Lunatic asylums Central Provinces reports 1910-1926 - 1910-1926
Year: 1910
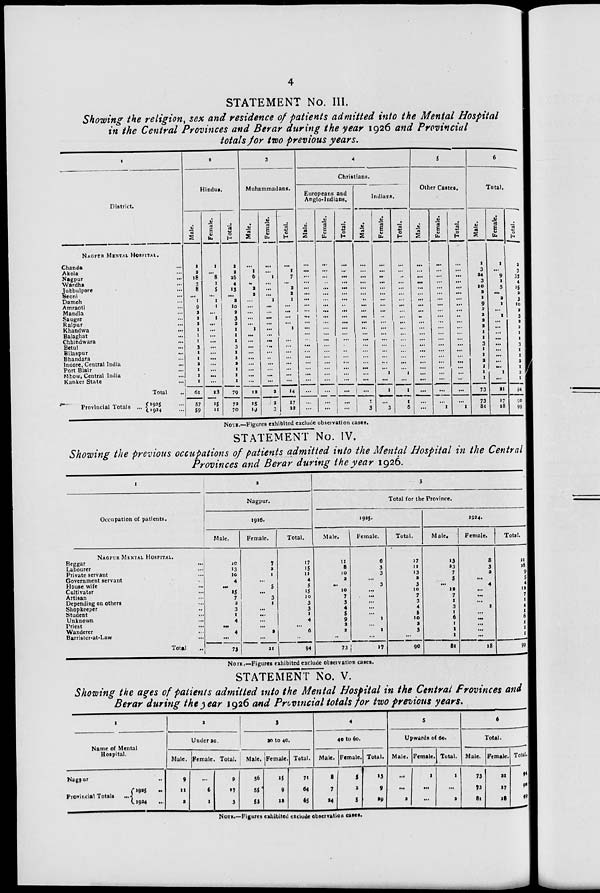
4
STATEMENT No. III.
Showing the religion, sex and residence of patients admitted into the Mental Hospital
in the Central Provinces and Berar during the year 1926 and Provincial
totals for two Previous years.
1
District.
NAGPUR MENTAL HOSPITAL.
Chanda ...
Akola ...
Nagpur ...
Wardha ...
Jubbulpore ...
Seoni ...
Damoh ...
Amraoti ...
Mandla ...
Saugor ...
Raipur ...
Khandwa ...
Balaghat ...
Chhindwara ...
Betul ...
Bilaspur ...
Bhandara ...
Indore, Central India ...
Port Blair ...
Mhow, Central India ...
Kanker State ...
Total ...
Provincial Totals ... 1925 ...
1924 ...
2
Hindus.
Male.
1
2
18
3
8
...
1
9
2
2
2
1
1
1
3
1
1
2
1
1
1
61
57
59
Female.
1
...
8
1
5
...
1
1
...
1
...
...
...
...
...
...
...
...
...
...
...
18
15
11
Total.
2
2
26
4
13
...
2
10
2
3
2
1
1
1
3
I
1
2
1
1
1
79
72
70
3
Muhammadans.
Male.
...
1
6
...
2
2
...
...
...
...
...
1
...
...
...
...
...
...
...
...
...
12
15
19
Female.
...
...
1
...
...
...
1
...
...
...
...
...
...
...
...
...
..
...
...
...
...
2
2
3
Total.
...
1
7
...
2
2 1
...
...
...
...
1
...
...
...
...
...
...
...
...
...
15
17
22
4
Christians.
Europeans and
Anglo-Indians.
Male.
...
...
...
...
...
...
...
...
...
...
...
...
...
...
...
...
...
...
...
...
...
...
...
...
Female.
...
...
...
... ...
...
...
...
...
...
...
...
...
...
...
...
...
...
...
...
...
...
...
...
Total.
...
...
...
...
...
...
...
...
...
...
...
...
...
...
...
...
...
...
...
...
...
...
...
...
Indians.
Male.
...
...
...
...
...
...
...
...
...
...
...
...
...
...
...
...
...
...
...
...
...
...
...
3
Female.
...
...
...
...
...
...
...
...
...
...
...
...
...
...
...
...
...
...
...
1
...
1
...
3
Total.
...
...
...
...
...
...
...
...
...
...
...
...
...
...
...
...
...
...
...
1
...
1
1
6
5
Other Castes.
Male.
...
...
...
...
...
...
...
...
...
...
...
...
...
...
...
...
...
...
...
...
... ...
...
...
Female.
...
...
...
...
...
...
...
...
...
...
...
...
...
...
...
...
...
...
...
...
...
...
...
1
Total.
...
...
...
...
...
...
...
...
...
...
...
...
...
...
...
...
...
...
...
...
...
...
...
1
6
Total.
Male.
1
3
24
3
10
2
1
9
2
2
2
2
1
1
3
1
1
2
1
1
1
73
73
81
Female.
1
...
9
1
5
...
2
1
...
1
...
...
...
...
...
...
...
...
...
1
...
21
17
18
Total.
2
3
33
4
15
2
3
10
2
3
2
2
1
1
3
1
1
2
1
2
1
94
90
99
NOTE.—Figures exhibited exclude observation cases.
STATEMENT No. IV.
Showing the previous occupations of patients admitted into the Mental Hospital in the Central
Provinces and Berar during the year 1926.
1
Occupation of patients.
NAGPUR MENTAL HOSPITAL.
Beggar
...
Labourer ...
Private servant ...
Government servant ...
House wife ...
Cultivator ...
Artisan ...
Depending on others ...
Shopkeeper ...
Student ...
Unknown ...
Priest ...
Wanderer ...
Barrister-at-Law ...
Total ...
2
Nagpur.
1926.
Male.
10
13
10
4
...
15
7
2
3
1
4
...
4
...
73
Female.
7
2
1
...
5
...
3
1
...
...
...
...
2
...
21
Total.
17
15
11
4
5
15
10
3
3
1
4
...
6
...
94
3
Total for the Province.
1925.
Male.
11
8
10
2
...
10
7
3
4
5
9
2
2
...
73
Female.
6
3
3
...
3
...
...
...
...
...
1
...
1
...
17
Total.
17
11
13
2
3
10
7
3
4
5
10
2
3
...
90
1924.
Male.
13
23
7
5
...
12
7
1
3
1
6
1
1
1
81
Female.
8
3
2
...
4
...
...
...
1
...
...
...
...
...
18
Total.
21
26
9
5
4
12
7
1
4
1
6
1
1
1
99
NOTE .—Figures exhibited exclude observation cases.
STATEMENT No. V.
Showing the ages of patients admitted into the Mental Hospital in the Central Provinces and
Berar during the year 1926 and Provincial totals for two previous years.
1
Name of Mental
Hospital.
Nagpur ...
Provincial Totals
...
1925 ...
1924 ...
2
Under 20.
Male.
9
11
2
Female.
...
6
1
Total.
9
17
3
3
20 to 40.
Male.
56
55
53
Female.
15
9
12
Total.
71
64
65
4
40 to 60.
Male.
8
7
24
Female.
5
2
5
Total.
13
9
29
5
Upwards of do.
Male.
...
...
2
Female.
1
...
...
Total.
1
...
2
6
Total.
Male.
73
73
81
Female.
21
17
18
Total,
94
96
99
NOTE.—Figures exhibited exclude observation cases.